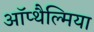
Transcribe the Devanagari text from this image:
ऑप्‍थैल्मिया